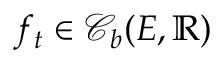
f _ { t } \in \mathcal { C } _ { b } ( E , \mathbb { R } )